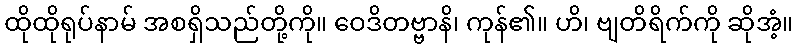
ထိုထိုရုပ်နာမ် အစရှိသည်တို့ကို။ ဝေဒိတဗ္ဗာနိ၊ ကုန်၏။ ဟိ၊ ဗျတိရိက်ကို ဆိုအံ့။